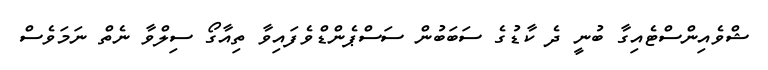
ޝްވެއިންސްޓެއިގާ ބުނީ ދެ ކާޑުގެ ސަބަބުން ސަސްޕެންޑްވެފައިވާ ތިއާގޯ ސިލްވާ ނެތް ނަމަވެސް